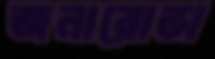
জনারোভা